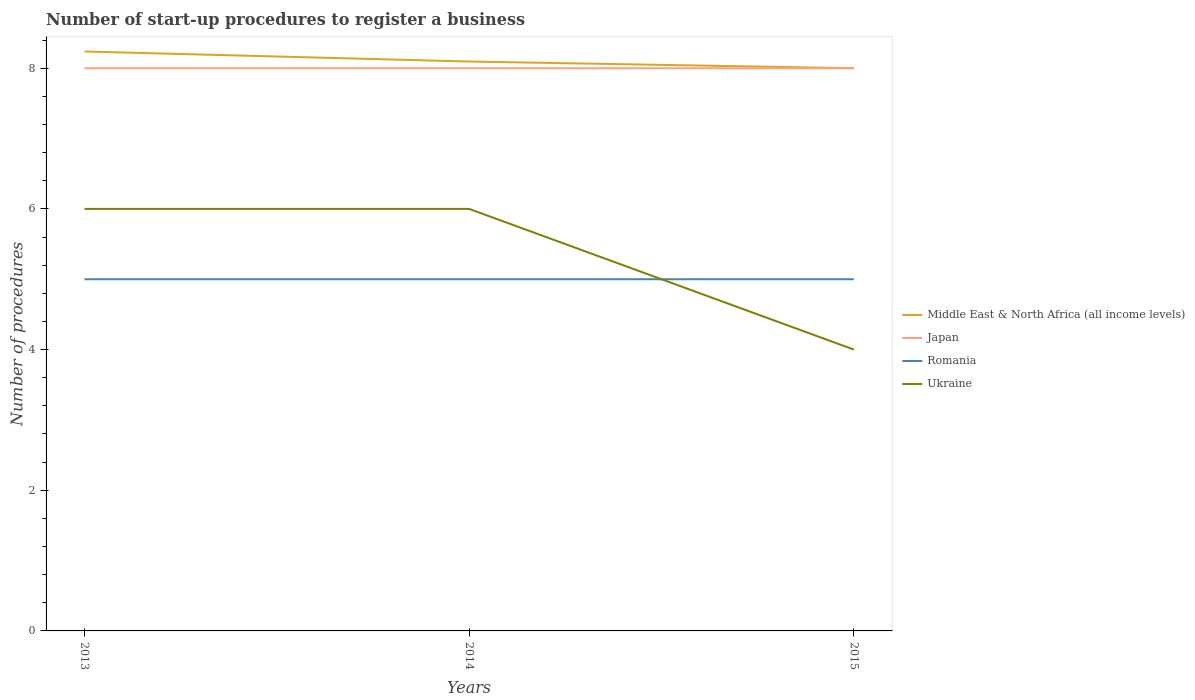
| Years | Middle East & North Africa (all income levels) | Japan | Romania | Ukraine |
 | --- | --- | --- | --- | --- |
 | 2013 | 8.24 | 8 | 5 | 6 |
 | 2014 | 8.1 | 8 | 5 | 6 |
 | 2015 | 8 | 8 | 5 | 4 |